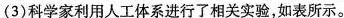
(3)科学家利用人工体系进行了相关实验，如表所示。